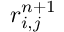
r _ { i , j } ^ { n + 1 }